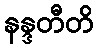
နန္ဒတီတိ